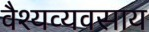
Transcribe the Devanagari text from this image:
वैश्यव्यवसाय